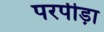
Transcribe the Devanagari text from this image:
परपीड़ा